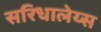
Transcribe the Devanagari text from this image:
सरिधालेय्स